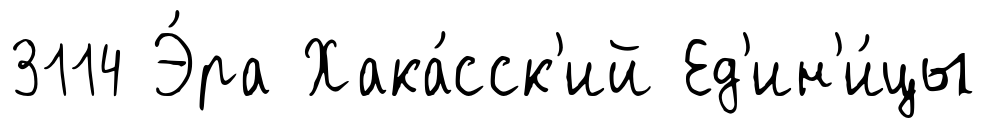
3114 Э́ра Хака́сск'ий Ед'ин'и́цы